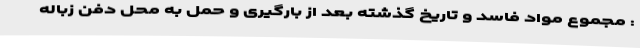
: مجموع مواد فاسد و تاریخ گذشته بعد از بارگیری و حمل به محل دفن زباله